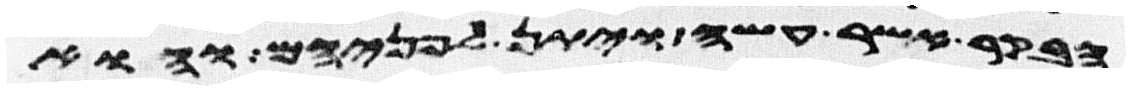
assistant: הבקר אשר עשה ויתן לפניהם והוא